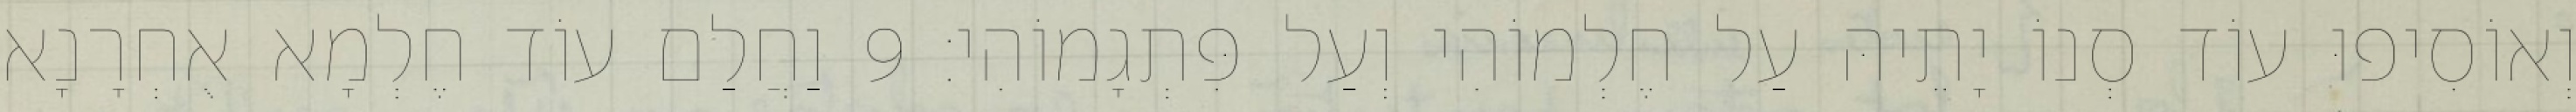
וְאוֹסִיפוּ עוֹד סְנוֹ יָתֵיהּ עַל חֶלְמוֹהִי וְעַל פִּתְגָמוֹהִי׃ 9 וַחֲלַם עוֹד חֶלְמָא אֻחְרָנָא